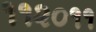
૧૧૨૦૧૧